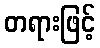
တရားဖြင့်